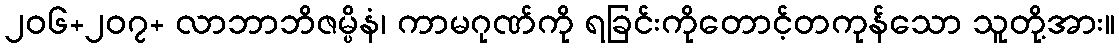
၂၀၆+၂၀၇+ လာဘာဘိဇမ္ပိနံ၊ ကာမဂုဏ်ကို ရခြင်းကိုတောင့်တကုန်သော သူတို့အား။